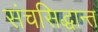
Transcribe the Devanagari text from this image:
संचसिद्धान्त